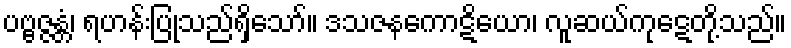
ပဗ္ဗဇ္ဇန္တံ၊ ရဟန်းပြုသည်ရှိသော်။ ဒသဇနကောဋိယော၊ လူဆယ်ကုဋေတို့သည်။